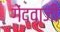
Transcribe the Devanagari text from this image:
गेंदवाजी